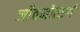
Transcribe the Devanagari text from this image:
जीवनोत्सर्ग